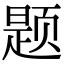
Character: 题